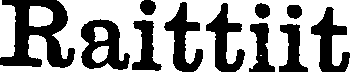
Raittiit